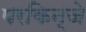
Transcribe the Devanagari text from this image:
परकिन्जे